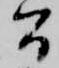
間